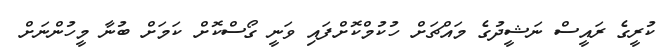
ކުރީގެ ރައީސް ނަޝީދުގެ މައްޗަށް ހުކުމްކޮށްފައި ވަނީ ގޯސްކޮށް ކަމަށް ބުނާ މީހުންނަށް